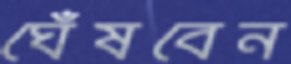
ঘেঁষবেন